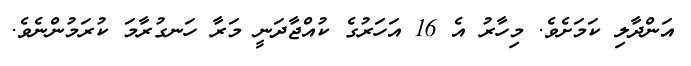
އަންދާލި ކަމަށެވެ. މިހާރު އެ 16 އަހަރުގެ ކުއްޖާދަނީ މަރާ ހަނގުރާމަ ކުރަމުންނެވެ.